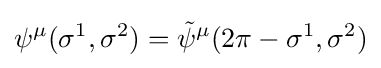
\psi ^{\mu }(\sigma ^{1},\sigma ^{2})={\tilde {\psi }}^{\mu }(2\pi -\sigma ^{1},\sigma ^{2})